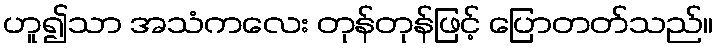
ဟူ၍သာ အသံကလေး တုန်တုန်ဖြင့် ပြောတတ်သည်။